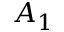
A _ { 1 }